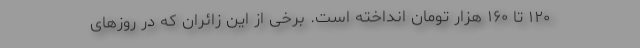
۱۲۰ تا ۱۶۰ هزار تومان انداخته است. برخی از این زائران که در روزهای